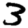
Digit: 3